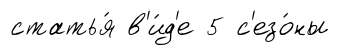
статья́ в'и́д'е 5 с'езо́ны